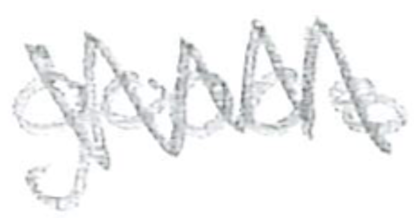
Text: goods
Cross-out: mix
Writing tool: pencil